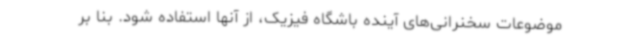
موضوعات سخنرانی‌های آینده باشگاه فیزیک، از آنها استفاده شود. بنا بر